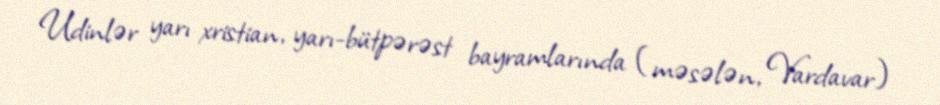
Udinlər yarı xristian, yarı-bütpərəst bayramlarında (məsələn, Vardavar)